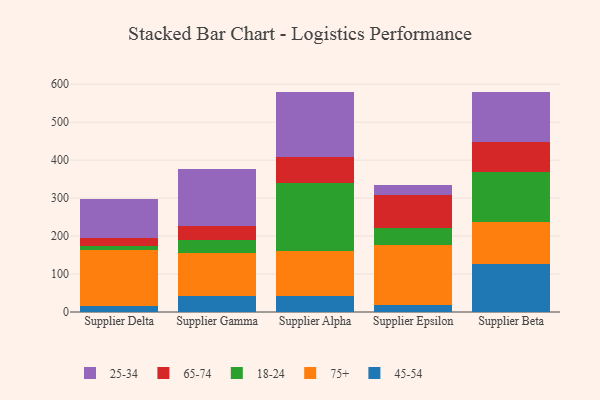
{"axis": {"x": "Supplier", "y": "Operating Costs (USD K)"}, "legend": ["18-24", "25-34", "45-54", "65-74", "75+"], "data": [{"x": "Supplier Delta", "y": 15.9, "type": "45-54"}, {"x": "Supplier Delta", "y": 148.6, "type": "75+"}, {"x": "Supplier Delta", "y": 8.6, "type": "18-24"}, {"x": "Supplier Delta", "y": 20.9, "type": "65-74"}, {"x": "Supplier Delta", "y": 103.0, "type": "25-34"}, {"x": "Supplier Gamma", "y": 42.0, "type": "45-54"}, {"x": "Supplier Gamma", "y": 113.8, "type": "75+"}, {"x": "Supplier Gamma", "y": 32.9, "type": "18-24"}, {"x": "Supplier Gamma", "y": 38.8, "type": "65-74"}, {"x": "Supplier Gamma", "y": 148.8, "type": "25-34"}, {"x": "Supplier Alpha", "y": 41.9, "type": "45-54"}, {"x": "Supplier Alpha", "y": 118.5, "type": "75+"}, {"x": "Supplier Alpha", "y": 179.2, "type": "18-24"}, {"x": "Supplier Alpha", "y": 69.9, "type": "65-74"}, {"x": "Supplier Alpha", "y": 169.1, "type": "25-34"}, {"x": "Supplier Epsilon", "y": 17.6, "type": "45-54"}, {"x": "Supplier Epsilon", "y": 157.8, "type": "75+"}, {"x": "Supplier Epsilon", "y": 46.5, "type": "18-24"}, {"x": "Supplier Epsilon", "y": 85.7, "type": "65-74"}, {"x": "Supplier Epsilon", "y": 27.2, "type": "25-34"}, {"x": "Supplier Beta", "y": 126.2, "type": "45-54"}, {"x": "Supplier Beta", "y": 111.6, "type": "75+"}, {"x": "Supplier Beta", "y": 131.5, "type": "18-24"}, {"x": "Supplier Beta", "y": 79.5, "type": "65-74"}, {"x": "Supplier Beta", "y": 131.8, "type": "25-34"}]}